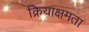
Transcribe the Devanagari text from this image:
क्रियाक्षमता